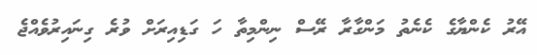
އޭރު ކެންޔާގެ ކެނެތު މަންގާރާ ރޭސް ނިންމިތާ ހަ ގަޑިއިރަށް ވުރެ ގިނައިރުވެއްޖެ